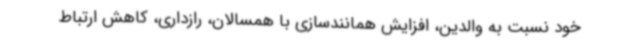
خود نسبت به والدین، افزایش همانندسازی با همسالان، رازداری، کاهش ارتباط